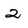
Character: 2